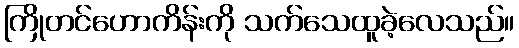
ကြိုတင်ဟောကိန်းကို သက်သေထူခဲ့လေသည်။